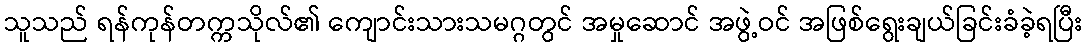
သူသည် ရန်ကုန်တက္ကသိုလ်၏ ကျောင်းသားသမဂ္ဂတွင် အမှုဆောင် အဖွဲ့ဝင် အဖြစ်ရွေးချယ်ခြင်းခံခဲ့ရပြီး